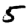
Digit: 5